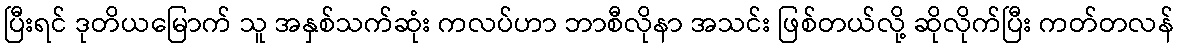
ပြီးရင် ဒုတိယမြောက် သူ အနှစ်သက်ဆုံး ကလပ်ဟာ ဘာစီလိုနာ အသင်း ဖြစ်တယ်လို့ ဆိုလိုက်ပြီး ကတ်တလန်